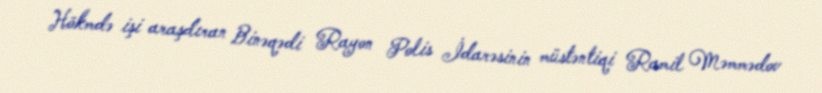
Hökmdə işi araşdıran Binəqədi Rayon Polis İdarəsinin müstəntiqi Ramil Məmmədov